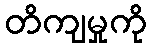
တိကျမှုကို